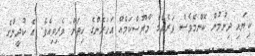
ކިޔައި ދިނުމުން ކޮންމެވެސް ވަރެއްގެ މާޔޫސްކަމެއް އަހަރެންގެ ހިތަށް ވެރިވިއެވެ. އެ ކުދީންގެ